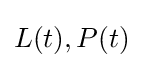
L(t),P(t)